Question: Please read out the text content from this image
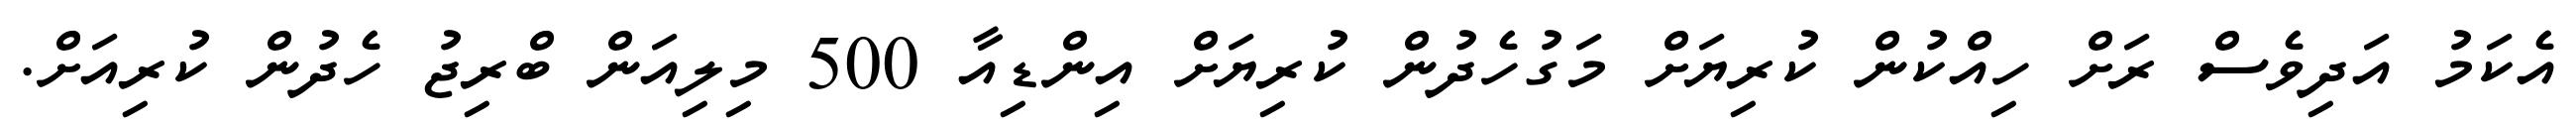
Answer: އެކަމު އަދިވެސް ރަށް ހިއްކުން ކުރިޔަށް މަގުހެދުން ކުރިޔަށް އިންޑިއާ 500 މިލިއަން ބްރިޖު ހެދުން ކުރިއަށް.